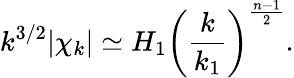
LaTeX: k^{3/2}|\chi_{k}|\simeq H_{1}\biggl(\frac{k}{k_{1}}\biggr)^{\frac{n-1}{2}}.